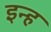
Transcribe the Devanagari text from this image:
इन्ह